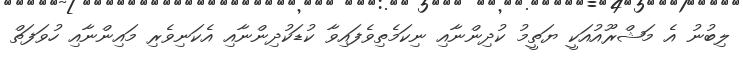
ލިބުނު އެ މަޝްރޫއުއަކީ ޔަތީމު ކުދިންނާއި ނިކަމެތިވެފައިވާ ކުޑަކުދިންނާއި އެކަނިވެރި މައިންނާއި ހުވަފަތް